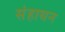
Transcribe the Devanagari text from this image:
संहाथन